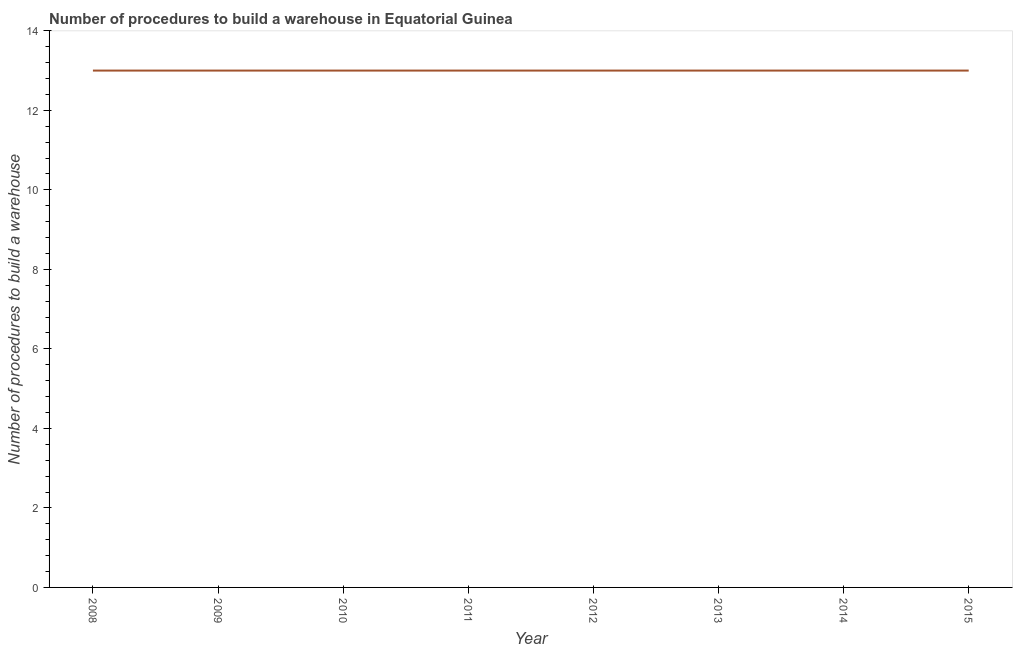
| Year | Build a warehouse |
 | --- | --- |
 | 2008 | 13 |
 | 2009 | 13 |
 | 2010 | 13 |
 | 2011 | 13 |
 | 2012 | 13 |
 | 2013 | 13 |
 | 2014 | 13 |
 | 2015 | 13 |